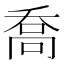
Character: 喬